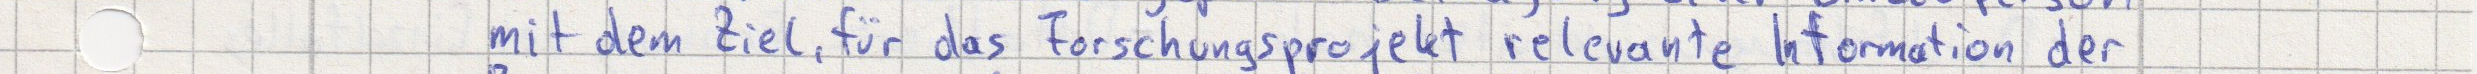
mit dem Ziel, für das Forschungsprojekt relevante Information der